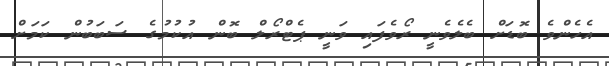
އެހެންވެ ބޮޑަށް ބެލެވެނީ ރޯވެފައި ވަނީ ޕެޓްރޯލް ބޮން އުކުމުގެ ސަބަބުން ކަމަށް